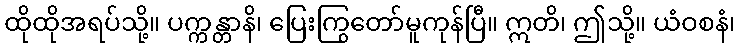
ထိုထိုအရပ်သို့။ ပက္ကန္တာနိ၊ ပြေးကြွတော်မူကုန်ပြီ။ ဣတိ၊ ဤသို့။ ယံဝစနံ၊